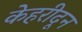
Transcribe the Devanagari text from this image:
केहरीदून